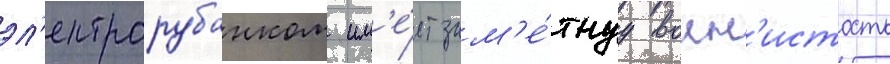
эл'ектрорубанком им'е́ет зам'е́тнуу волн'истость